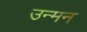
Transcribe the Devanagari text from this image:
उन्मन